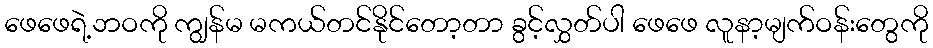
ဖေဖေရဲ့ဘဝကို ကျွန်မ မကယ်တင်နိုင်တော့တာ ခွင့်လွှတ်ပါ ဖေဖေ လူနာ့မျက်ဝန်းတွေကို